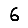
Digit: 6